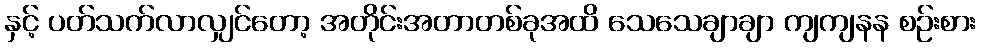
နှင့် ပတ်သက်လာလျှင်တော့ အတိုင်းအတာတစ်ခုအထိ သေသေချာချာ ကျကျနန စဉ်းစား